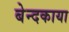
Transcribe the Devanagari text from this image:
बेन्दकाया